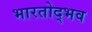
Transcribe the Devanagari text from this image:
भारतोद्भव